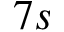
7 s